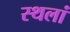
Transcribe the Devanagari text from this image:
स्थलां